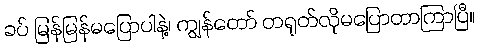
ခပ် မြန်မြန်မပြောပါနဲ့၊ ကျွန်တော် တရုတ်လိုမပြောတာကြာပြီ။